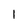
Character: 1